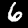
Digit: 6